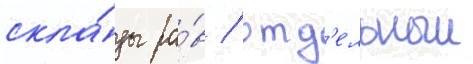
скла́ды ра́в / отд'ельныи